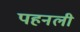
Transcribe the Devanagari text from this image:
पहनली